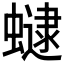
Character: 𧑔